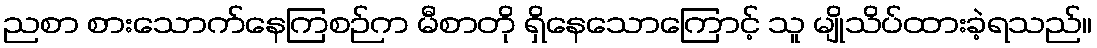
ညစာ စားသောက်နေကြစဉ်က မီစာတို ရှိနေသောကြောင့် သူ မျိုသိပ်ထားခဲ့ရသည်။